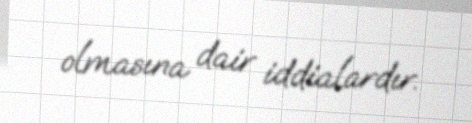
olmasına dair iddialardır.